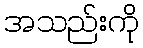
အသည်းကို